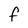
Character: f